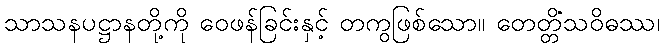
သာသနပဋ္ဌာနတို့ကို ဝေဖန်ခြင်းနှင့် တကွဖြစ်သော။ တေတ္တိံသဝိဓဿ၊